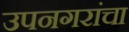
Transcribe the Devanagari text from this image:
उपनगरांचा